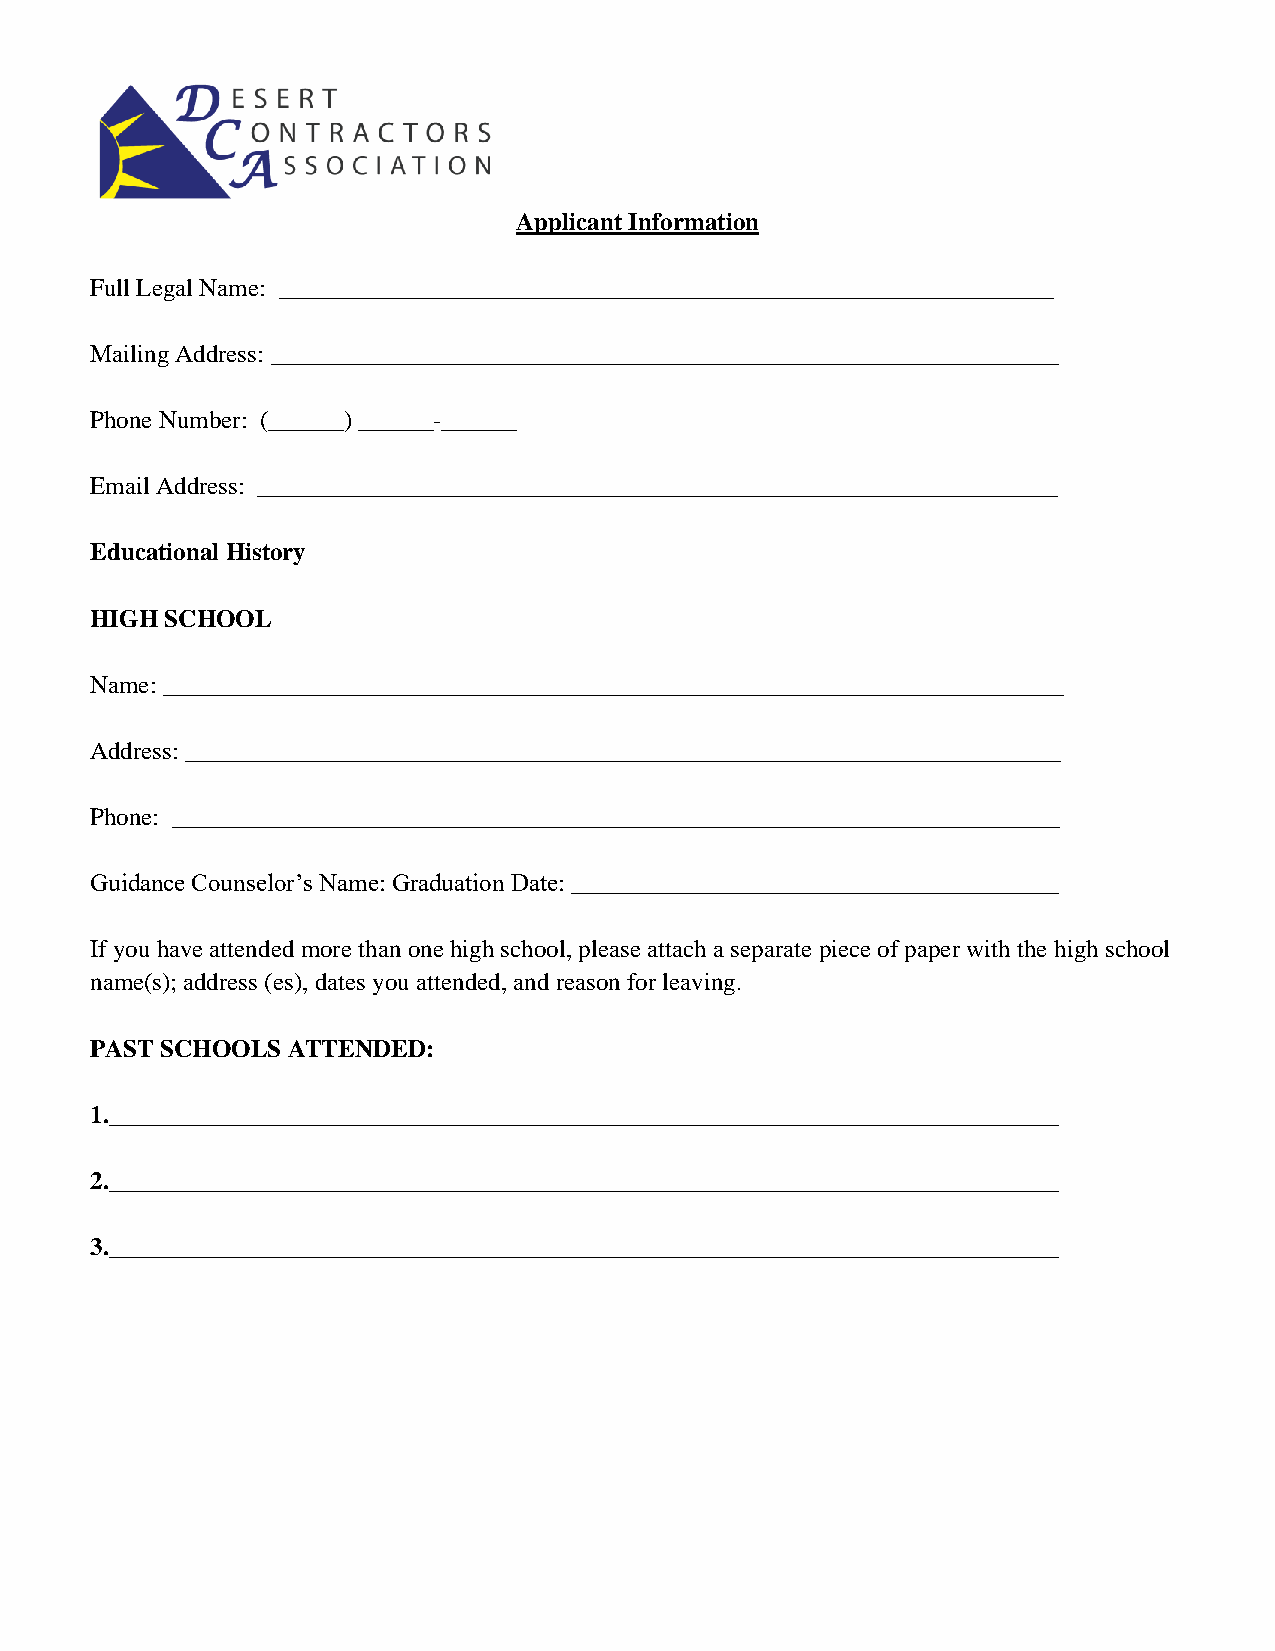
Applicant Information
 Full Legal Name: ______________________________________________________________
 Mailing Address: _______________________________________________________________
 Phone Number: (______) ______-______
 Email Address: ________________________________________________________________
 Educational History
 HIGH SCHOOL
 Name: ________________________________________________________________________
 Address: ______________________________________________________________________
 Phone: _______________________________________________________________________
 Guidance Counselor’s Name: Graduation Date: _______________________________________
 If you have attended more than one high school, please attach a separate piece of paper with the high school
 name(s); address (es), dates you attended, and reason for leaving.
 PAST SCHOOLS ATTENDED:
 1.____________________________________________________________________________
 2.____________________________________________________________________________
 3.____________________________________________________________________________